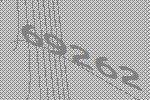
69262